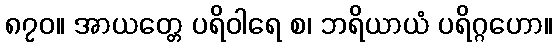
၈၇၀။ အာယတ္တေ ပရိဝါရေ စ၊ ဘရိယာယံ ပရိဂ္ဂဟော။